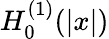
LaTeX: H_{0}^{(1)}(\vert x\vert)